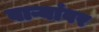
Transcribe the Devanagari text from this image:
वाऱ्यांवर